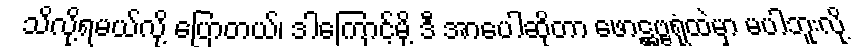
သိလို့ရမယ်လို့ ပြောတယ်၊ ဒါကြောင့်မို့ ဒီ အာပေါဆိုတာ ဖောဋ္ဌဗ္ဗရုံထဲမှာ မပါဘူးလို့